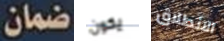
ضمان يكون الانطلاق